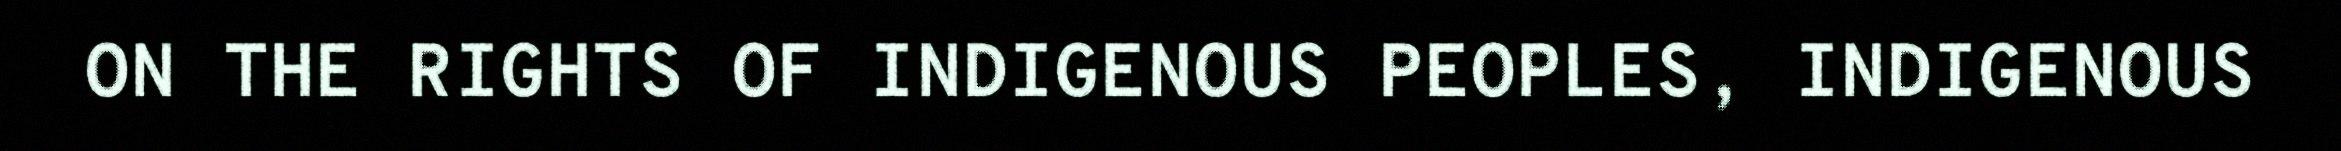
ON THE RIGHTS OF INDIGENOUS PEOPLES, INDIGENOUS